Civil Veterinary Dept. Bombay admin report 1907-1913 - 1907-1913
Year: 1907
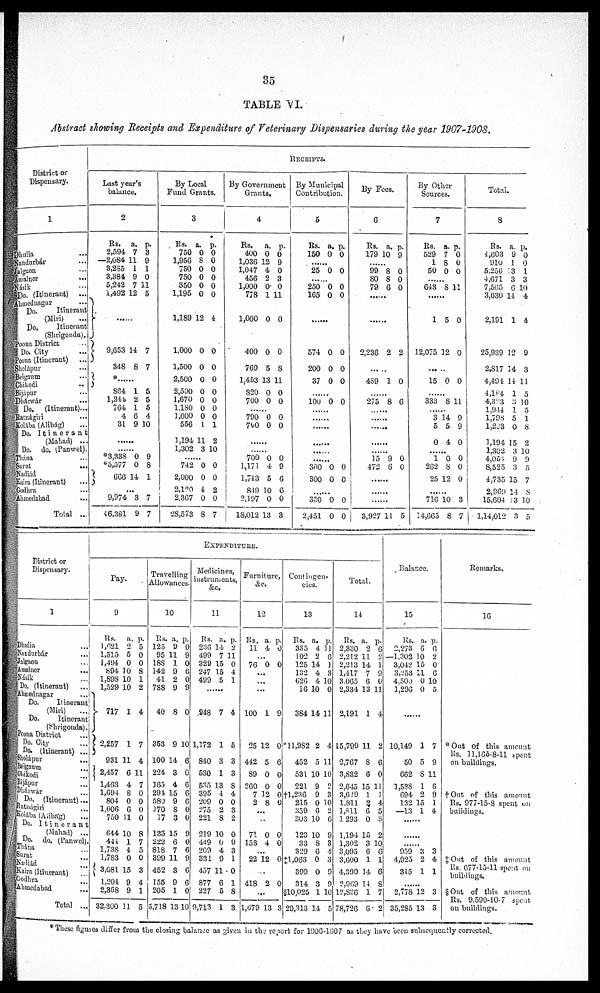
35
TABLE VI.
Abstract showing Receipts and Expenditure of Veterinary Dispensaries during the year 1907-1908.
District or
Dispensary.
1
hulia ...
andurbár ...
algron ...
malner
...
asik ...
Do. (Itinerant)
...
hmednagar ...
Do.
Itinerant
(Miri) ...
Do.
Itinerant
(Shrigonda).
pona District ..
Do. City
Doona (Itinerant)
...
holápur ...
Belgaum ...
Jhikodi
...
Bijápur ...
Dhárwár ...
Do.
(Itinerant)...
Batnágiri ...
Kolába (Alibág) ...
Do. Itinerant
(Mabad) ...
Do. do. (Panwel).
liana
Surat
...
Jadiád
Kaira (Itinerant) ...
Godhra ...
Ahmedabad ...
Total ...
RECEIPTS.
Last year's
balance.
2
Rs. a. p.
2,594 7 8
—2,684 11 9
3,263 1 1
8,384 9 0
5,242 7 11
1,492 12 5
......
J
9,653 14 7
848 8 7
......
864 1 5
1,241 2 5
764 1 8
4 6 4
81 9 10
......
......
*8,888 0 9
*5,577 0 8
666
14 1
...
9,974 8 7
46,381 9 7
By Local
Fund Grants.
3
Rs. a. p.
750 0 0
1,956 8 0
750 0 0
750 0 0
850 0 0
1,195 0 0
1,189 12 4
1,000 0 0
1,500 0 0
2,500 0 0
2,500 0 0
1,670 0 0
1,180 0 0
1,000 0 0
556 1 1
1,194 11 2
1,302 3 10
742 0 0
2,000 0 0
2,120 4 2
2,367 0 0
28,578 8 7
By Government
Grants.
4
Rs. a. p.
400 0 0
1,086 12 9
1,047 4 0
456 2 8
1,000 0 0
778 1 11
1,000 0 0
400 0 0
769 5 8
1,453 13 11
820 0 0
700 0 0
......
790 0 0
700 0 0
......
......
700 0 0
1,171 4 9
1,743 5 6
840 10 6
2,197 0 0
18,012 18 8
By Municipal
Contribution.
6
Rs. a. p.
160 0 0
......
25 0 0
......
250 0 0
165 0 0
......
574 0 0
200 0 0
37 0 0
......
100 0 0
......
......
......
......
......
......
300 0 0
300 0 0
......
350 0 0
2,451 0 0
By Foes.
6
Rs. a. p.
179 10 9
......
99 8 0
80 8 0
79 6 0
......
......
2,236 2 2
489 1 0
......
275 8 6
......
......
......
......
......
15 9 0
472 6 0
......
......
......
3,927 11 5
By Other
Sources.
7
Rs. a. p.
529 7 0
1 8 0
50 0 0
......
643 8 11
v...
1 5 0
12,075 12 0
15 0 0
......
333 8 11
3 14 9
5 5 9
0 4 0
......
1 0 0
262 8 0
25 12 0
......
716 10 8
14,665 8 7
Total.
8
Rs. A. p.
4,603 9 0
910 1 0
5,256 8 1
4,671 3 3
7,565 6 10
3,030 14 4
2,191 1 4
25,989 12 9
2,817 14 3
4,494 14 11
4,lf4 1 5
4,373 3 10
1,944 1 5
1,798 5 1
1,243 0 8
1,194 15 2
1,302 3 10
4,054 9 9
8,525 3 5
4,735 15 7
2,969 14 8
15,604 13 10
1,14,012 3 5
District or
Dispensary.
1
Dhalia ...
Kandarbár
...
Jalgaon ...
Amalner ...
Kasik ...
Do. (Itinerant)
Ahmednagar ...
Do.
Itinerant
(Miri)
...
Do.
Itinerant
(Shrigonda).
Poona District ...
Do. City ...
Do. (Itinerant) ...
Sholápur
...
Belgnum ...
Ohikodi ...
Bijápur ...
Duarwar ...
Do. (Itinerant)...
Ratnágiri
...
Kolába (Alibág)
...
Do. Itinorant
(Mahad) ...
Do. do. (Panwol).
Nadiád ...
Kaira (Itinerant)
...
Godhra
Ahmedabad
...
Total ...
EXPENDITURE.
Pay.
9
Rs.
a. p.
1,021 2 5
1,515 5 0
1,494 0 0
b94 10 8
1,898 10 1
1,529 10 2
717 1 4
2,257 1 7
981 11 4
2,457 6 11
1,433 4 7
1,694 8 0
804 0 0
1.006 6 0
750 11 0
644 10 8
444 1 7
1,738 4 5
1,783 0 0
8,081 15 8
1,204 9 4
2,368 9 1
82,300 11 5
Travelling
Allowances.
10
Rs. a. p.
125 9 0
95 11 9
188 1 0
142 9 6
41 2 0
788 9 9
40 8 0
353 9 10
100 14 6
224 3 0
165 4 6
294 15 6
589 9 6
170 8 0
17 3 0
185 15 9
222 6 0
818 7 6
899 11 9
452 8 6
155 9 6
205 1 0
5,718 13 10
Medicines,
instruments,
&c.
11
Rs. a. p.
2:)6 14 2
499 7 11
829 15 0
247 15 4
499 5 1
......
.948 7 4
1,172 1 5
840 3 3
530 1 3
535 18 8
395 4 4
209 0 0
275 2 8
221 8 2
219 10 0
449 0 0
209 4 8
331 9 1
457 11 0
877 6 1
227 6 8
9,713 1 3
Furniture,
&c.
12
Rs. a. p.
11 4 0
...
76 0 0
...
...
...
100 1 9
25 12 0
442 5 6
89 0 0
260 0 0
7 12 0
2 8 0
...
71 0 0
153 4 0
...
22 12 0
418 2 0
...
1,679 13 3
Contingen-
cies.
13
Rs. a. p.
335 4 11
102 2 6
125 14 1
132 4 3
626 4 10
16 10 0
384 14 11
11,982 2 4
452 5 11
531 10 10
221 9 2
†1,236 9 3
215 0 10
359 6 2
303 10 6
123 10 9
33 8 3
329 6 4
‡1,063 0 3
899 0 9
314 3 9
§10,025 1 10
29,313 14 5
Total.
14
Rs. a. p.
2,880 2 6
2 212 11 2
2,213 14 1
1,417 7 9
8.065 6 0
2,334 13 11
2,191 1 4
15,790 11 2
2,767 8 6
3,832 6 0
2,645 15 11
8,629 1 1
1,811 2 4
1,811 6 5
1,293 0 8
1,194 15 2
1,302 3 10
3,095 6 6
8,600 1 1
4,390 14 6
2,969 14 8
12,826 1 7
78,726 6 2
Balance.
15
Rs. a. p.
2,273 6 6
—1,302 10 2
3,042 15 0
3,253 11 6
4,500 0 10
1,293 0 5
10,149 1 7
50 5 9
662 8 11
1,598 1 6
694 2 9
132 15 1
—13 1 4
959 3 3
4,925 2 4
815 1 1
......
2,778 12 3
35,285 13 3
Remarks.
16
*Out of this amount
Rs. 11,165-8-11 spent
on buildings.
† Out of this amount
Rs. 977-15-8 spent on
buildings.
‡ Out of this amount
Rs. 677-15-11 spent on
buildings.
§Out of this amount
on buildings.
*These figures differ from the closing balance as given in the report for 1906-1907 as they have been subsequently corrected.